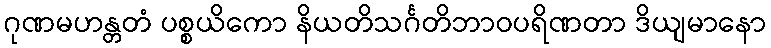
ဂုဏမဟန္တတံ ပစ္စယိကော နိယတိသင်္ဂတိဘာဝပရိဏတာ ဒိယျမာနော